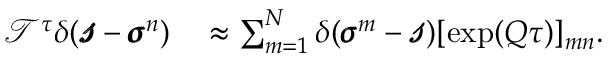
\begin{array} { r l } { \mathscr { T } ^ { \tau } \delta ( \pmb { \mathscr { s } } - \pmb { \sigma } ^ { n } ) } & { { } \approx \sum _ { m = 1 } ^ { N } \delta ( \pmb { \sigma } ^ { m } - \pmb { \mathscr { s } } ) [ \exp ( Q \tau ) ] _ { m n } . } \end{array}